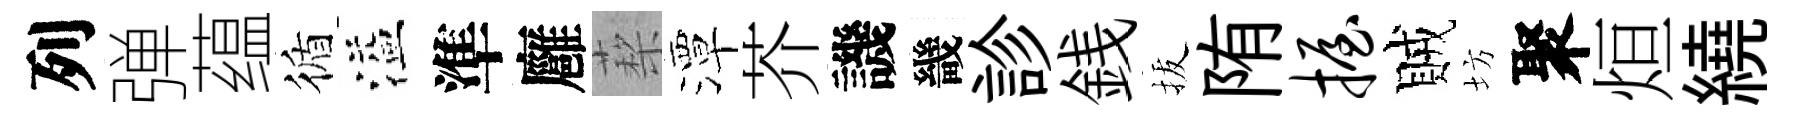
列弹蕴循溢準廱蔾潭芥譏畿診銭拔陏握賊坊聚烜繞